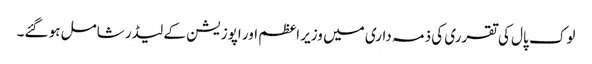
لوک پال کی تقرری کی ذمہ داری میں وزیر اعظم اور اپوزیشن کے لیڈر شامل ہو گئے۔